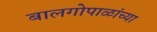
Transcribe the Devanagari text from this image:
बालगोपाळांच्या